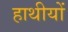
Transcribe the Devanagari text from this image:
हाथीयों